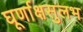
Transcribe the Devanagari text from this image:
घूर्णाक्षसुलभ